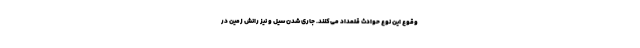
وقوع این نوع حوادث قلمداد می‌کنند. جاری شدن سیل و نیز رانش زمین در